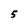
Character: 5